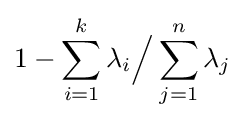
1-\sum _{i=1}^{k}\lambda _{i}{\Big /}\sum _{j=1}^{n}\lambda _{j}